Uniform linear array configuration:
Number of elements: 64
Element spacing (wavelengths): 0.75
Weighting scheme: hamming
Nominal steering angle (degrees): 60
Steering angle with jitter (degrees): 60.249
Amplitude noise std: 0.05
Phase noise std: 0.05

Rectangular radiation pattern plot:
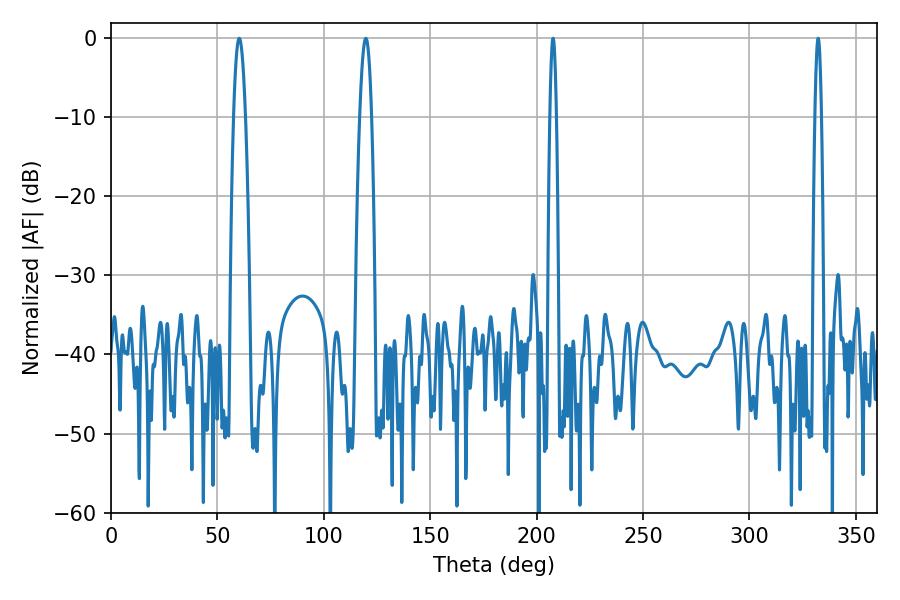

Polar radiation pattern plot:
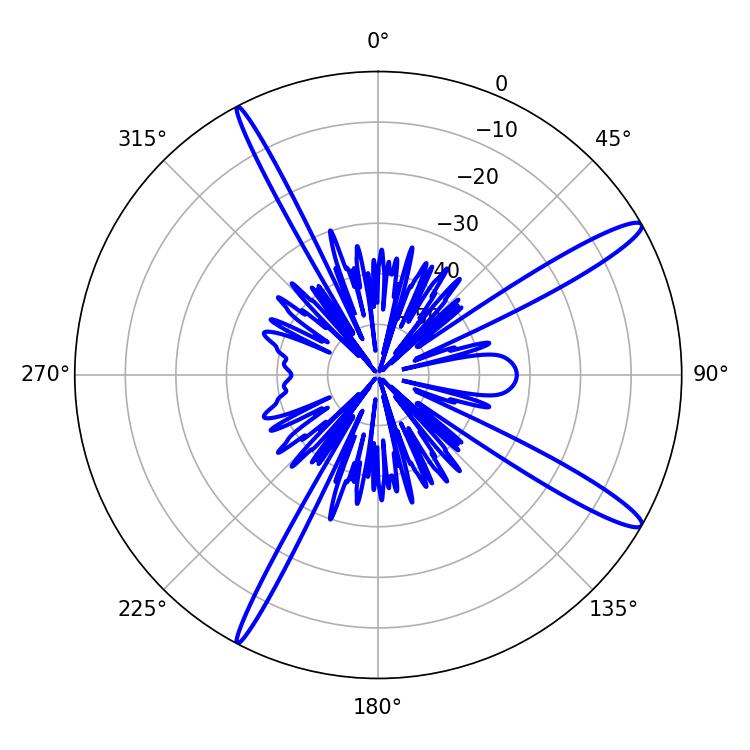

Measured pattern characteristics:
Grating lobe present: TRUE
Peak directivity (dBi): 14.488
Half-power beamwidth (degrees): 1.44
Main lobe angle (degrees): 332.28